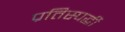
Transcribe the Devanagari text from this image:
प्रतिस्पर्द्धी